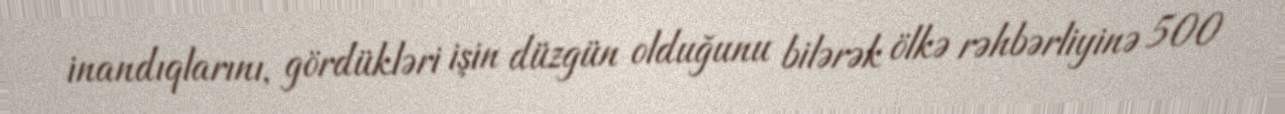
inandıqlarını, gördükləri işin düzgün olduğunu bilərək ölkə rəhbərliyinə 500